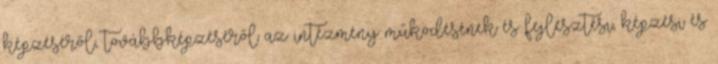
képzéséről, továbbképzéséről az intézmény működésének és fejlesztési, képzési és